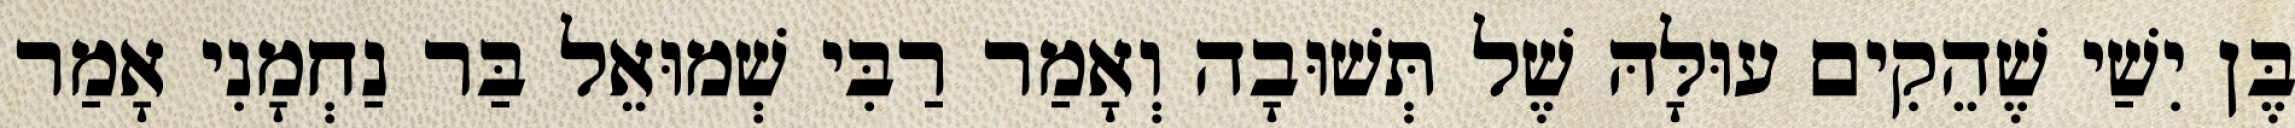
בֶּן יִשַׁי שֶׁהֵקִים עוּלָּהּ שֶׁל תְּשׁוּבָה וְאָמַר רַבִּי שְׁמוּאֵל בַּר נַחְמָנִי אָמַר